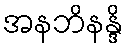
အနဘိနန္ဒိ